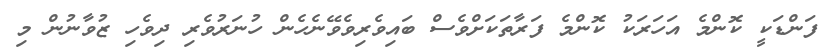
ފަންޑަކީ ކޮންމެ އަހަރަކު ކޮންމެ ފަރާތަކަށްވެސް ބައިވެރިވެވޭނެހެން ހުނަރުވެރި ދިވެހި ޒުވާނުން މި